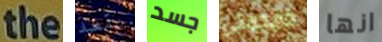
the بقصد جسد جمجمتي انها